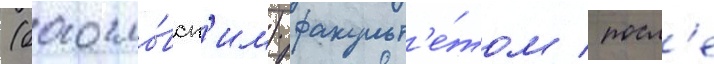
(богосло́вск'им) факульт'е́том / посл'е